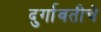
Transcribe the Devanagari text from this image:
दुर्गावतीचे